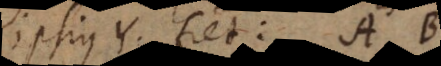
ipsius Y, fiet: A B